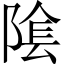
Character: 隂